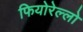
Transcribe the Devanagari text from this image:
फियोरेल्‍लो